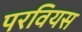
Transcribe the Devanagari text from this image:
परवियस